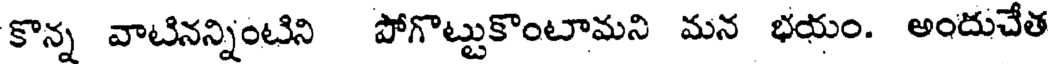
కొన్న వాటినన్నింటిని పోగొట్టుకొంటామని మన భయం. అందుచేత